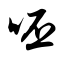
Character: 呸